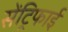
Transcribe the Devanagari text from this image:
सेंट्रिफाई